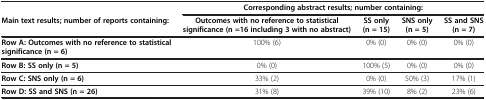
|  | <COLSPAN=4> Corresponding abstract results; number containing: |
 | Main text results; number of reports containing: | Outcomes with no reference to statistical significance (n =16 including 3 with no abstract) | SS only (n = 15) | SNS only (n = 5) | SS and SNS (n = 7) |
 | --- | --- | --- | --- | --- |
 | Row A: Outcomes with no reference to statistical significance (n = 6) | 100% (6) | 0% (0) | 0% (0) | 0% (0) |
 | Row B: SS only (n = 5) | 0% (0) | 100% (5) | 0% (0) | 0% (0) |
 | Row C: SNS only (n = 6) | 33% (2) | 0% (0) | 50% (3) | 17% (1) |
 | Row D: SS and SNS (n = 26) | 31% (8) | 39% (10) | 8% (2) | 23% (6) |